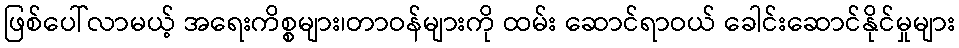
ဖြစ်ပေါ်လာမယ့် အရေးကိစ္စများ၊တာဝန်များကို ထမ်း ဆောင်ရာဝယ် ခေါင်းဆောင်နိုင်မှုများ